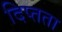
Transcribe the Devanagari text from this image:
दिप्तता